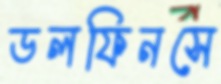
ডলফিনসে